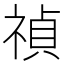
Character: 禎